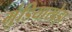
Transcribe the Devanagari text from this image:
मुंडियाखेड़ा